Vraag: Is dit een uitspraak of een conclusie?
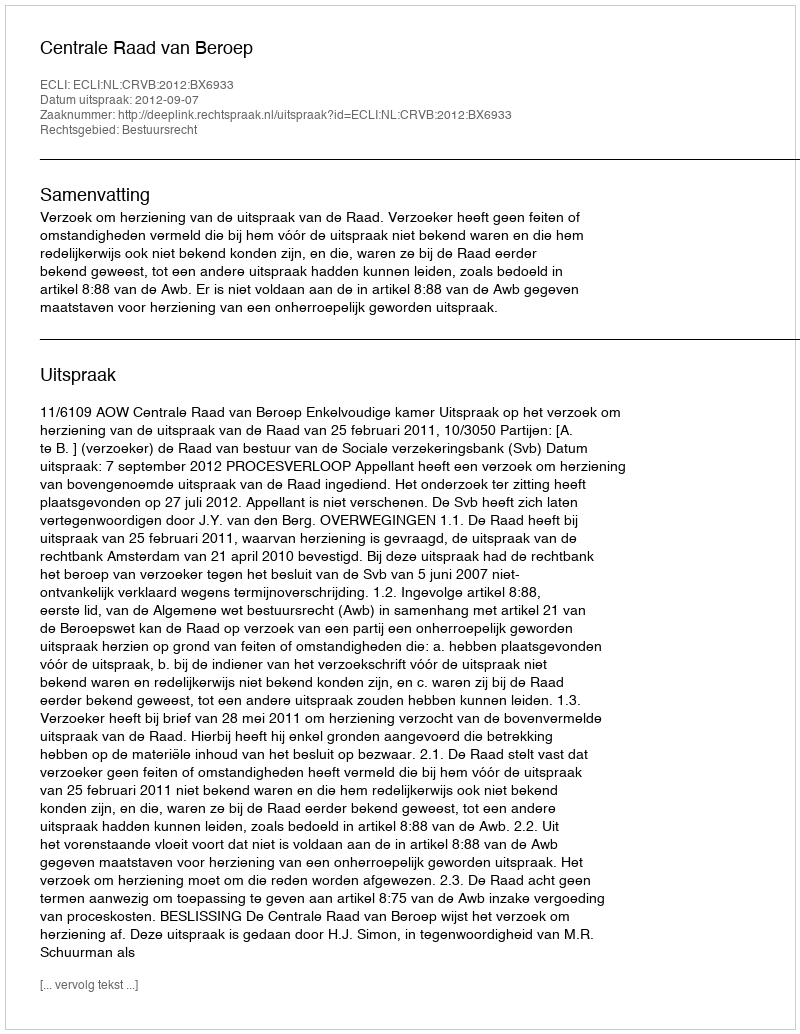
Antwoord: Uitspraak